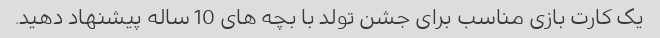
یک کارت بازی مناسب برای جشن تولد با بچه های 10 ساله پیشنهاد دهید.